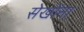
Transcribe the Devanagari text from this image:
सेखोंना